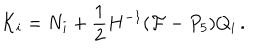
{ \cal K } _ { i } = { N } _ { i } + \frac { 1 } { 2 } H ^ { - 1 } ( { \cal F } - P _ { 5 } ) Q _ { i } \, .